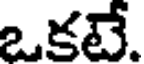
ఒకటే.